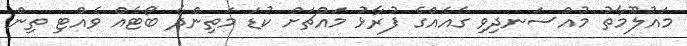
މައުލޫމާތު މުއްސަނދިވި ގެއެއްގެ ފުރާޅު މައްޗަށް ކުޑަ މަތިންދާ ބޯޓެއް ވެއްޓި ތިން